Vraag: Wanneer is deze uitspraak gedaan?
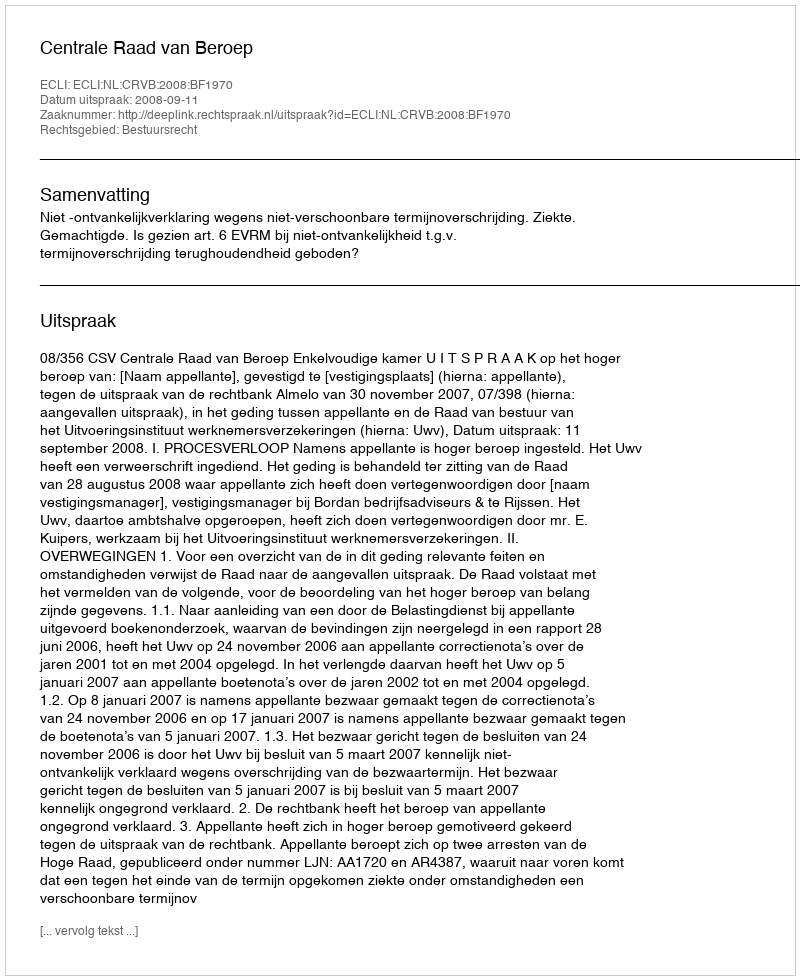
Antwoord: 2008-09-11